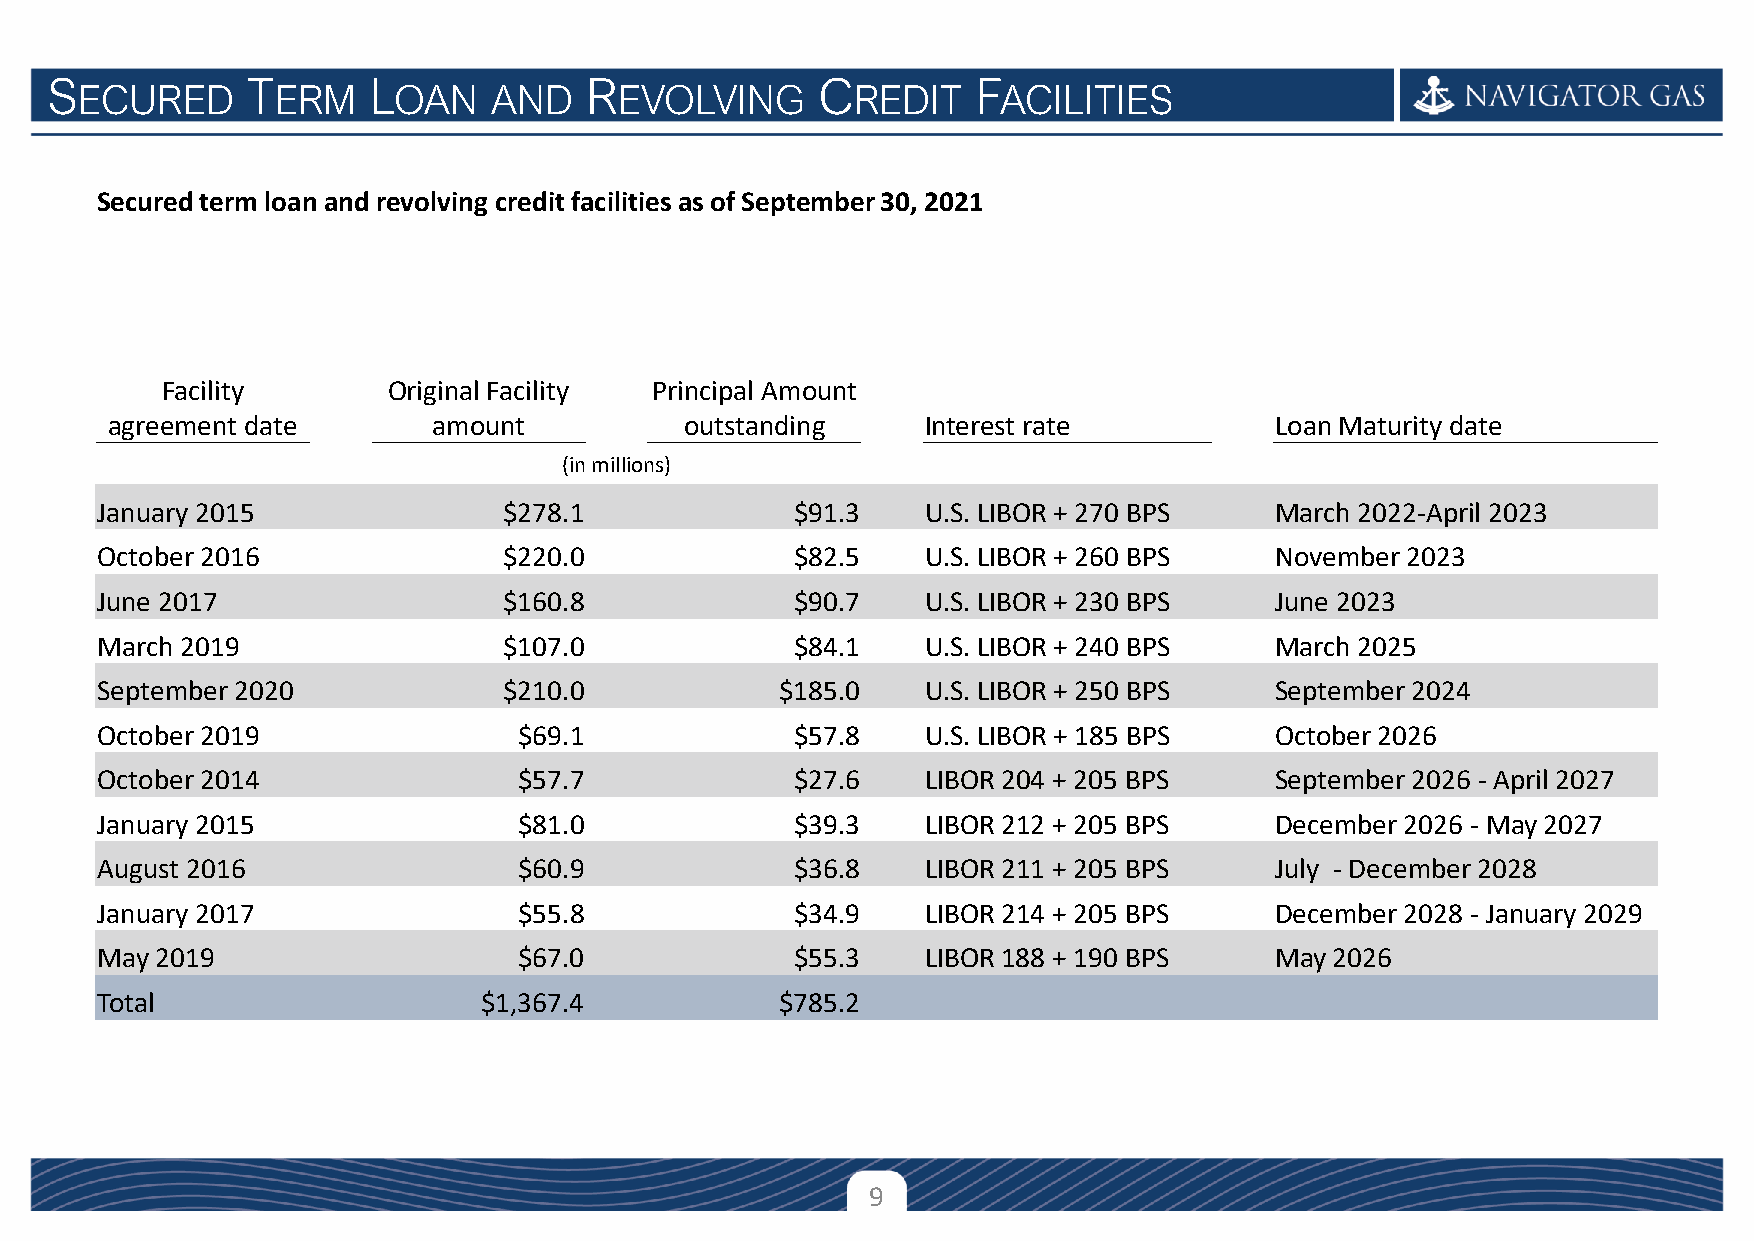
S            T       L              R              C          F
 ECURED       ERM     OAN    AND     EVOLVING        REDIT    ACILITIES
 Secured term loan and revolving credit facilities as of September 30, 2021
 Facility       Original Facility Principal Amount
 agreement date        amount          outstanding     Interest rate          Loan Maturity date
 (in millions)
 January 2015               $278.1              $91.3   U.S. LIBOR + 270 BPS   March 2022-April 2023
 October 2016               $220.0              $82.5   U.S. LIBOR + 260 BPS   November 2023
 June 2017                  $160.8              $90.7   U.S. LIBOR + 230 BPS   June 2023
 March 2019                 $107.0              $84.1   U.S. LIBOR + 240 BPS   March 2025
 September 2020             $210.0             $185.0   U.S. LIBOR + 250 BPS   September 2024
 October 2019                $69.1              $57.8   U.S. LIBOR + 185 BPS   October 2026
 October 2014                $57.7              $27.6   LIBOR 204 + 205 BPS    September 2026 - April 2027
 January 2015                $81.0              $39.3   LIBOR 212 + 205 BPS    December 2026 - May 2027
 August 2016                 $60.9              $36.8   LIBOR 211 + 205 BPS    July - December 2028
 January 2017                $55.8              $34.9   LIBOR 214 + 205 BPS    December 2028 - January 2029
 May 2019                    $67.0              $55.3   LIBOR 188 + 190 BPS    May 2026
 Total                     $1,367.4            $785.2
 9
 Confidential